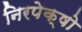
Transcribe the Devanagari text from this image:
निरपेक्षो